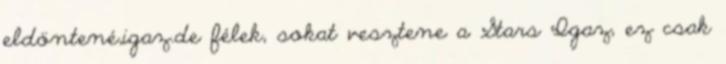
eldöntené,igaz.de félek, sokat vesztene a Stars Igaz, ez csak